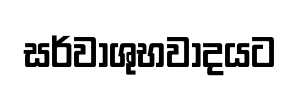
සර්වාශුභවාදයට